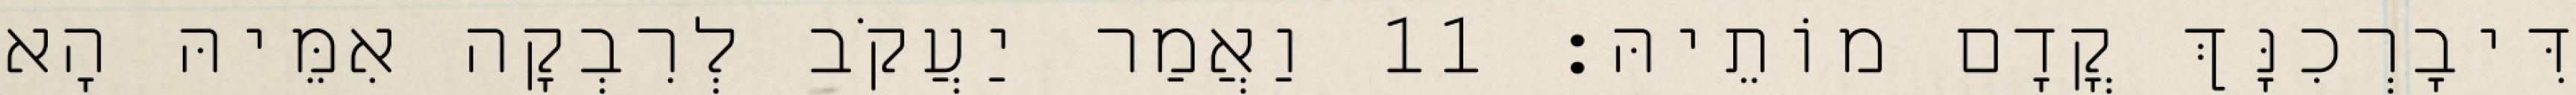
דִּיבָרְכִנָּךְ קֳדָם מוֹתֵיהּ׃ 11 וַאֲמַר יַעֲקֹב לְרִבְקָה אִמֵּיהּ הָא